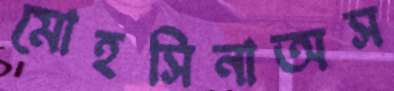
মোহসিনাঅস